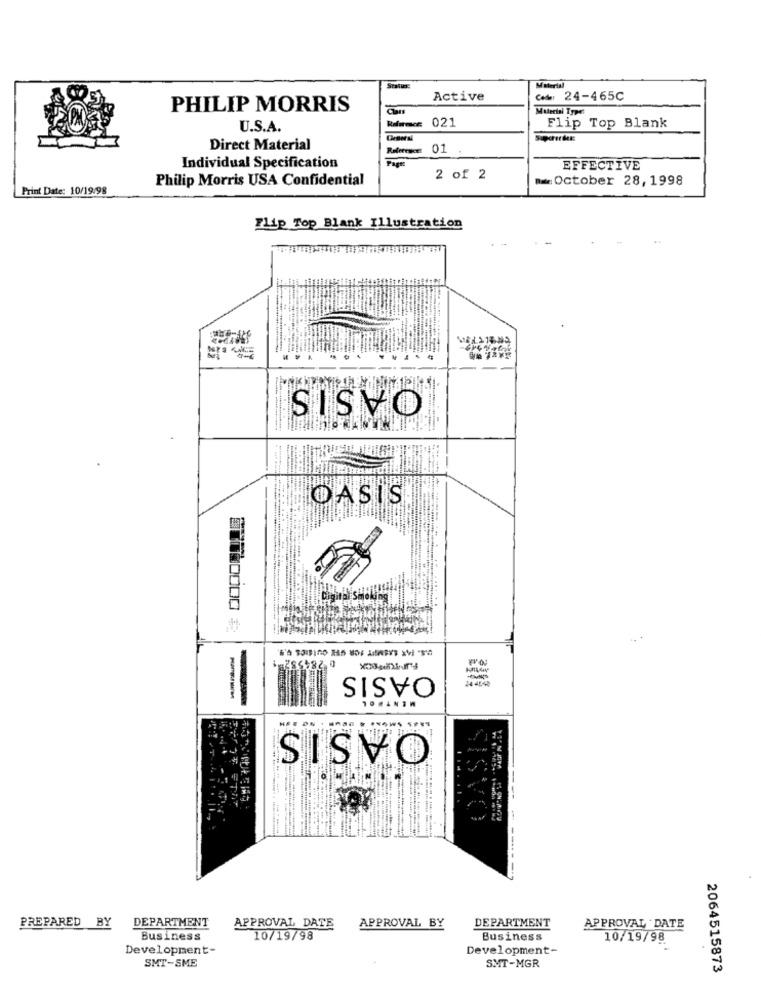
Material
Active
Caber
24-465C
PHILIP MORRIS
Mulerini Type:
021
Flip Top Blank
U.S.A.
Direct Material
01
Individual Specification
EFFECTIVE
Philip Morris USA Confidential
2 of 2
October 28, 1998
Print Date: 10/19/98
Flip Top Blank Illustration
OASIS
OASIS
৳ 284557
OASIS
OASIS
PREPARED BY
DEPARTMENT
APPROVAL BY
DEPARTMENT
APPROVAL DATE
APPROVAL .DATE
Business
10/19/98
Business
10/19/98
Development-
Development-
SMT-SME
SMT-MGR
2064515873